Lunatic asylums Central Provinces reports 1886-1894 - 1886-1894
Year: 1886
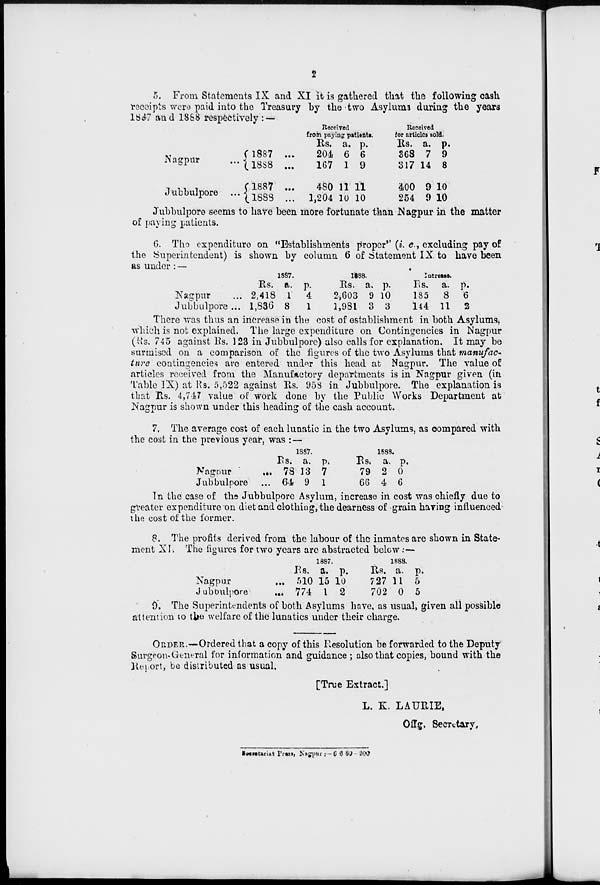
2
5. From Statements IX and XI it is gathered that the following cash
receipts were paid into the Treasury by the two Asylums during the years
1887 and 1888 respectively: —
Nagpur
...
Jubbulpore
...
1887 ...
1888 ...
1887 ...
1888
...
Received
from paying patients.
Rs.
204
167
480
1,204
a.
6
1
11
10
p.
6
9
11
10
Received
for articles sale.
Rs.
368
317
400
254
a.
7
14
9
9
p.
9
8
10
10
Jubbulpore seems to have been more fortunate than Nagpur in the matter
of paying patients.
6. The expenditure on "Establishments proper" (i. e., excluding pay of
the Superintendent) is shown by column 6 of Statement IX to have been
as under:—
Nagpur ...
Jubbulpore ...
1887.
Rs.
2,418
1,836
a.
1
8
p.
4
1
1888.
Rs.
2,603
1,981
a.
9
3
p.
10
3
Increase.
Rs.
185
144
a.
8
11
p.
6
2
There was thus an increase in the cost of establishment in both Asylums,
which is not explained. The large expenditure on Contingencies in Nagpur
(Rs. 745 against Rs. 123 in Jubbulpore) also calls for explanation. It may be
surmised on a comparison of the figures of the two Asylums that manufac-
ture contingencies are entered under this head at Nagpur. The value of
articles received from the Manufactory departments is in Nagpur given (in
Table IX) at Rs. 5,522 against Rs. 958 in Jubbulpore. The explanation is
that Rs. 4,747 value of work done by the Public Works Department at
Nagpur is shown under this heading of the cash account.
7. The average cost of each lunatic in the two Asylums, as compared with
the cost in the previous year, was :—
Nagpur ...
Jubbulpore ...
1887.
Rs.
78
64
a.
13
9
p.
7
1
1888.
Rs.
79
66
a.
2
4
p.
0
6
In the case of the Jubbulpore Asylum, increase in cost was chiefly due to
greater expenditure on diet and clothing, the dearness of grain having influenced
the cost of the former.
8. The profits derived from the labour of the inmates are shown in State-
ment XI. The figures for two years are abstracted below :—
Nagpur ...
Jubbulpore
...
1887.
Rs.
510
774
a.
15
1
p.
10
2
1888.
Rs.
727
702
a.
11
0
p.
5
5
9. The Superintendents of both Asylums have, as usual, given all possible
attention to the welfare of the lunatics under their charge.
ORDER.—Ordered that a copy of this Resolution be forwarded to the Deputy
Surgeon-General for information and guidance ; also that copies, bound with the
Report, be distributed as usual.
[True Extract.]
L. K. LAURIE,
Offg. Secretary.
Secretariat Press, Nagpur :— 6 6 89 -200